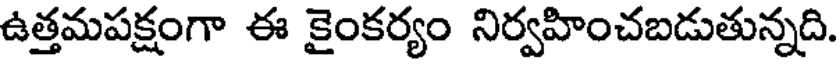
ఉత్తమపక్షంగా ఈ కైంకర్యం నిర్వహించబడుతున్నది.